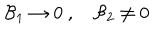
{ \cal B } _ { 1 } \rightarrow 0 \ , \quad { \cal B } _ { 2 } \neq 0